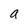
Character: a